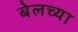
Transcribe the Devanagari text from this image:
बेलच्या